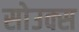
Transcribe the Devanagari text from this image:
सोउक्स